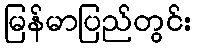
မြန်မာပြည်တွင်း